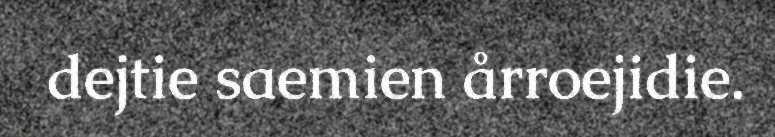
dejtie saemien årroejidie.